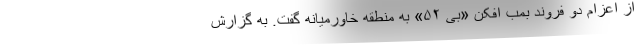
از اعزام دو فروند بمب افکن «بی ۵۲» به منطقه خاورمیانه گفت. به گزارش